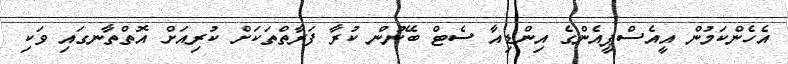
އެހެންކަމުން އީއެސްޕީއެންގެ އިންޑިއާ ސެޓް ބޭނުން ކުރާ ފަރާތްތަކަށް ކުރިއަށް އޮތްތާނގައި ވަކި